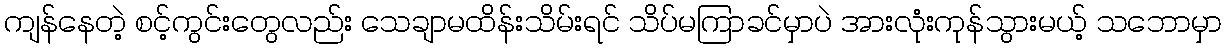
ကျန်နေတဲ့ စင့်ကွင်းတွေလည်း သေချာမထိန်းသိမ်းရင် သိပ်မကြာခင်မှာပဲ အားလုံးကုန်သွားမယ့် သဘောမှာ